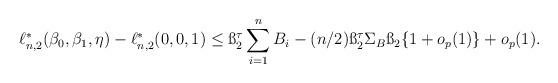
LaTeX: \begin{align*}\ell_{n,2}^*(\beta_0, \beta_1, \eta) - \ell_{n,2}^*(0,0,1) \leq\ss_2^\tau \sum_{i=1}^n B_i - (n/2) \ss_2^\tau \Sigma_B \ss_2 \{1+o_p(1)\} + o_p(1). \end{align*}